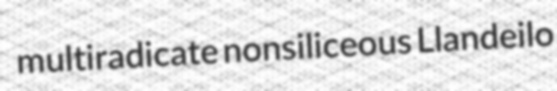
multiradicate nonsiliceous Llandeilo